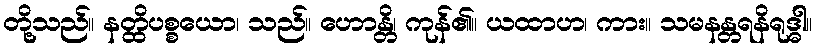
တို့သည်။ နတ္ထိပစ္စယော၊ သည်။ ဟောန္တိ၊ ကုန်၏။ ယထာဟ၊ ကား။ သမနန္တရနိရုဒ္ဓါ။